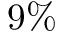
9 \%